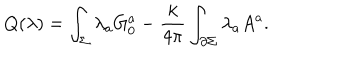
Q ( \lambda ) = \int _ { \Sigma } \lambda _ { a } G _ { 0 } ^ { a } - { \frac { k } { 4 \pi } } \int _ { \partial \Sigma } \lambda _ { a } A ^ { a } .